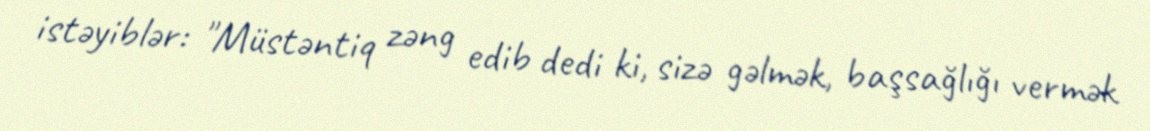
istəyiblər: "Müstəntiq zəng edib dedi ki, sizə gəlmək, başsağlığı vermək